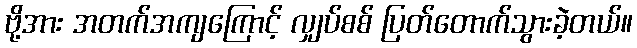
ဗို့အား အတက်အကျကြောင့် လျှပ်စစ် ပြတ်တောက်သွားခဲ့တယ်။